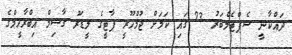
ދައްކާނީ ސެޕްޓެމްބަރު 23 ގައި ކަމަށް ޖުމްހޫރީ ޕާޓީގެ ލީޑަރު ގާސިމް އިބްރާހީމްގެ